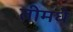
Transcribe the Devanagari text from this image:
तीमधे